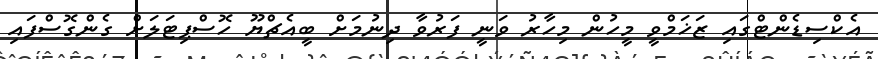
އެކްސިޑެންޓްގައި ޒަޚަމްވީ މީހުން މިހާރު ވަނީ ފަރުވާ ދިނުމަށް ބީއެޗްޔޫ ހޮސްޕިޓަލަށް ގެންގޮސްފައި